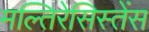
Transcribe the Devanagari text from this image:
मल्तिरेसिस्तेंस